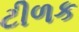
ટીળક